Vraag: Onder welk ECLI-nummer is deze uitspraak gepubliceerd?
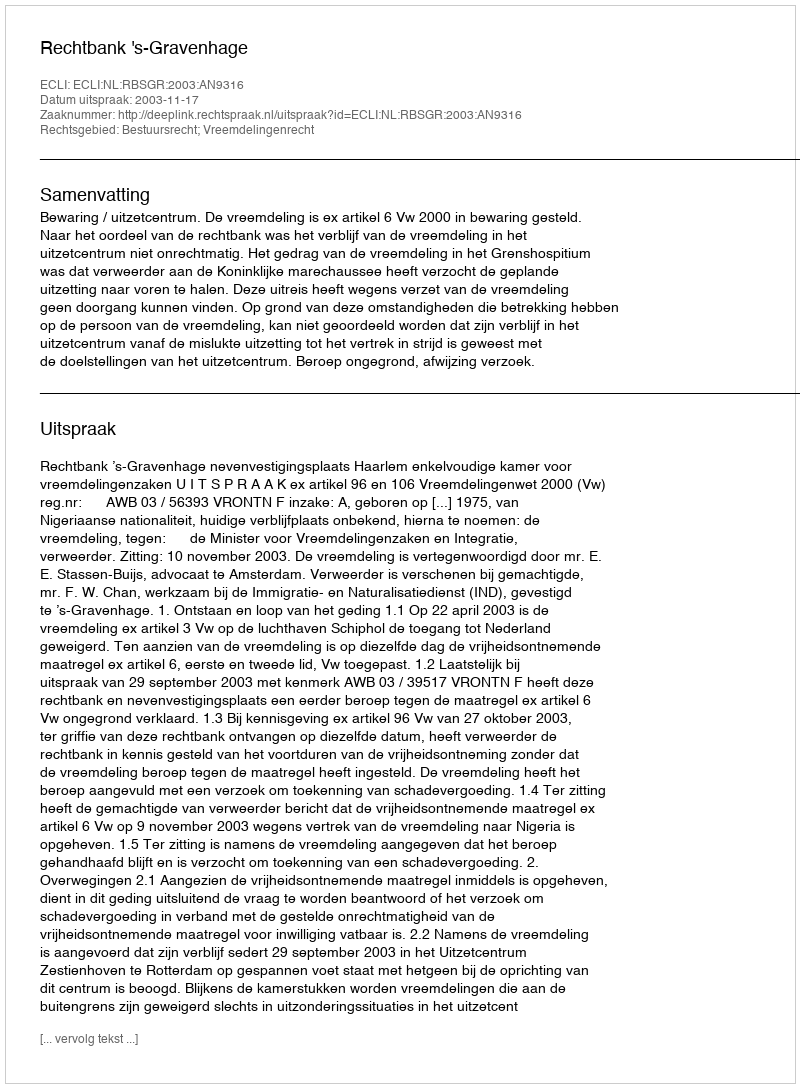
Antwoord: ECLI:NL:RBSGR:2003:AN9316